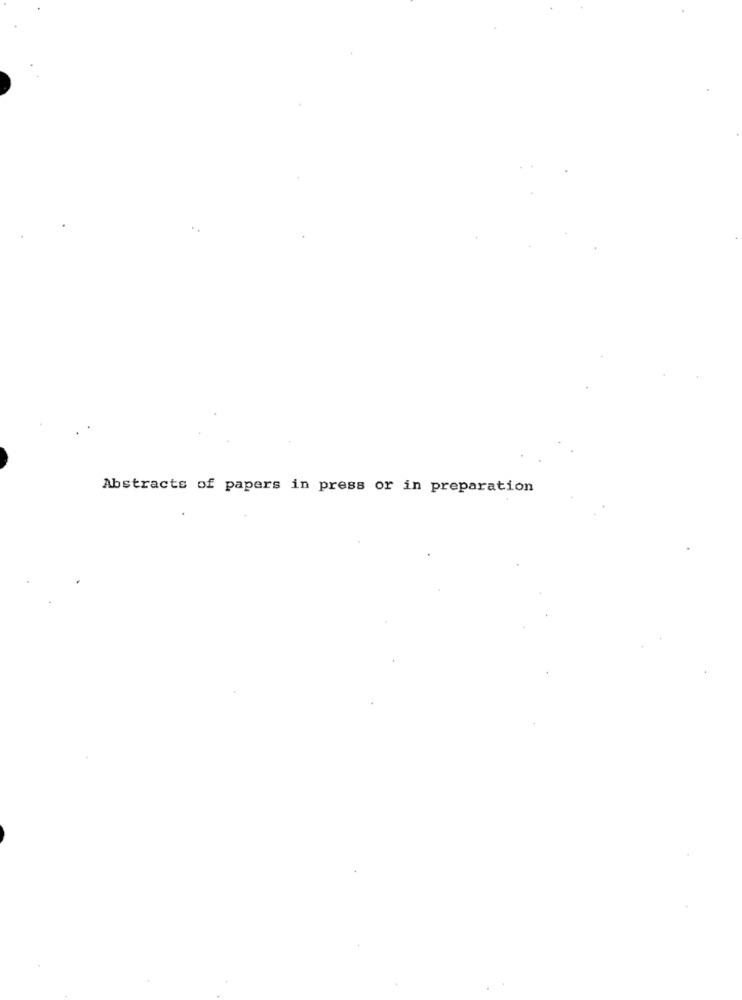
Abstracts of papers in press or in preparation